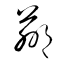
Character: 羸